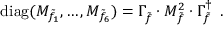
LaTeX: \mathrm { d i a g } ( M _ { \tilde { f } _ { 1 } } , \dots , M _ { \tilde { f } _ { 6 } } ) = \Gamma _ { \tilde { f } } ^ { } \cdot M _ { \tilde { f } } ^ { 2 } \cdot \Gamma _ { \tilde { f } } ^ { \dagger } \enspace .